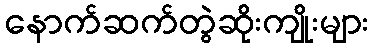
နောက်ဆက်တွဲဆိုးကျိုးများ